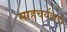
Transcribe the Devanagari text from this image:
साहचर्यवादी